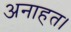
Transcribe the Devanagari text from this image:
अनाहत।